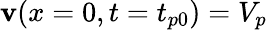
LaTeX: \mathbf{v}(x=0,t=t_{p0})=V_{p}